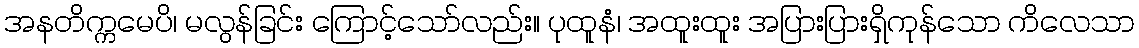
အနတိက္ကမေပိ၊ မလွန်ခြင်း ကြောင့်သော်လည်း။ ပုထူနံ၊ အထူးထူး အပြားပြားရှိကုန်သော ကိလေသာ